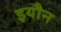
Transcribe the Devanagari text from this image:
इयौन